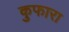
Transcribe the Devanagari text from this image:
कुफारा